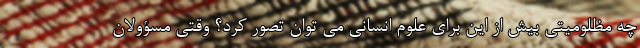
چه مظلومیتی بیش از این برای علوم انسانی می توان تصور کرد؟ وقتی مسؤولان